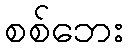
စစ်ဘေး